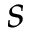
s